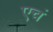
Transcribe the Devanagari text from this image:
एचं